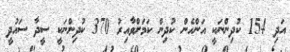
އަދި 154 ކުދިންނަކީ އަންހެން ކުދިން ކަމަށްވާއިރު 370 ކުދިންނަކީ ސީދާ ސައުދީ